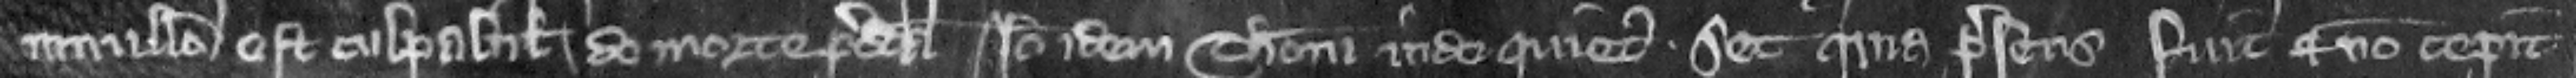
in nullo est culpabilis de morte predicta Ideo idem Thomas inde quietus. Set quia presens fuit et non cepit